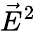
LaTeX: \vec{E}^{2}